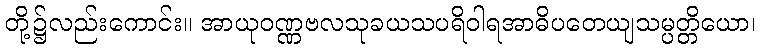
တို့၌လည်းကောင်း။ အာယုဝဏ္ဏဗလသုခယသပရိဝါရအာဓိပတေယျသမ္ပတ္တိယော၊